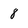
Character: 8